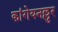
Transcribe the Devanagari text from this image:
कांगेयनल्लुर